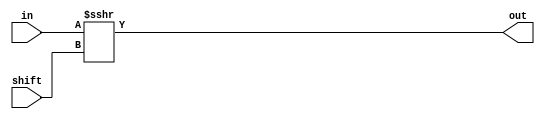
module TC_Ashr (in, shift, out);
    parameter UUID = 0;
    parameter NAME = "";
    parameter BIT_WIDTH = 1;
    input [BIT_WIDTH-1:0] in;
    input [7:0] shift;
    output [BIT_WIDTH-1:0] out;

    assign out = in >>> shift;
endmodule